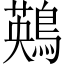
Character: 鶧